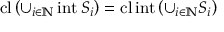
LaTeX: \operatorname { c l } \left( \cup _ { i \in \mathbb { N } } \operatorname { i n t } S _ { i } \right) = \operatorname { c l } \operatorname { i n t } \left( \cup _ { i \in \mathbb { N } } S _ { i } \right)